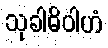
သုခါဓိဝါဟံ